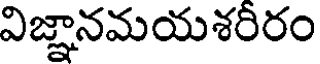
విజ్ఞానమయశరీరం